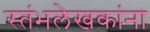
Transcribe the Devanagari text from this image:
स्तंभलेखकांना